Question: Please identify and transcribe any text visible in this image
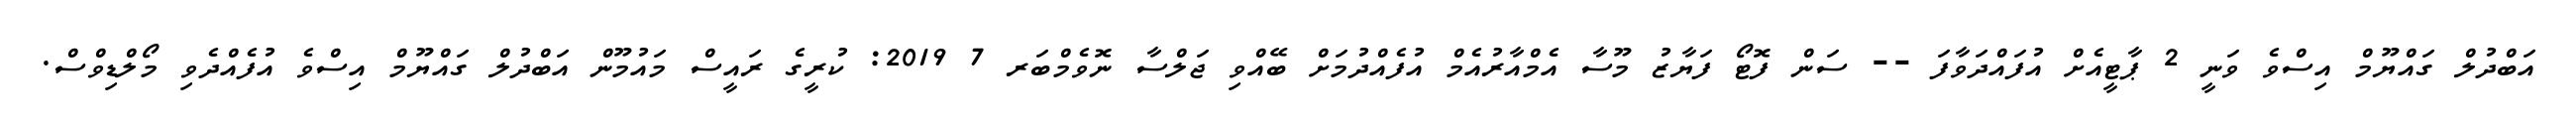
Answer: އަބްދުލް ގައްޔޫމް އިސްވެ ވަނީ 2 ޕާޓީއެށް އުފައްދަވާފަ -- ސަން ފޮޓޯ ފަޔާޒު މޫސާ އެމްއާރުއެމް އުފެއްދުމަށް ބޭއްވި ޖަލްސާ ނޮވެމްބަރ 7 2019: ކުރީގެ ރައީސް މައުމޫން އަބްދުލް ގައްޔޫމް އިސްވެ އުފެއްދެވި މޯލްޑިވްސް.